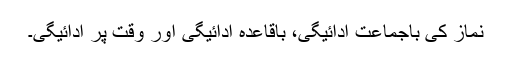
نماز کی باجماعت ادائیگی، باقاعدہ ادائیگی اور وقت پر ادائیگی۔